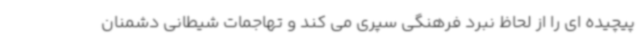
پیچیده ای را از لحاظ نبرد فرهنگی سپری می کند و تهاجمات شیطانی دشمنان